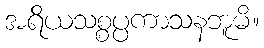
အရိယသစ္စပ္ပကာသနဘူမိ။